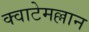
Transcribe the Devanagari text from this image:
क्वाटेमल्लान